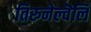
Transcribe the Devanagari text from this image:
तिरुनेल्वॆलि